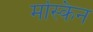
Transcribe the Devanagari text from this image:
मस्किन